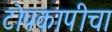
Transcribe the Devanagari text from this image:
टोपकापीचा